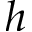
h